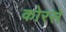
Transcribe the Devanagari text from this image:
कोरसे